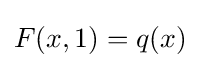
F(x,1)=q(x)